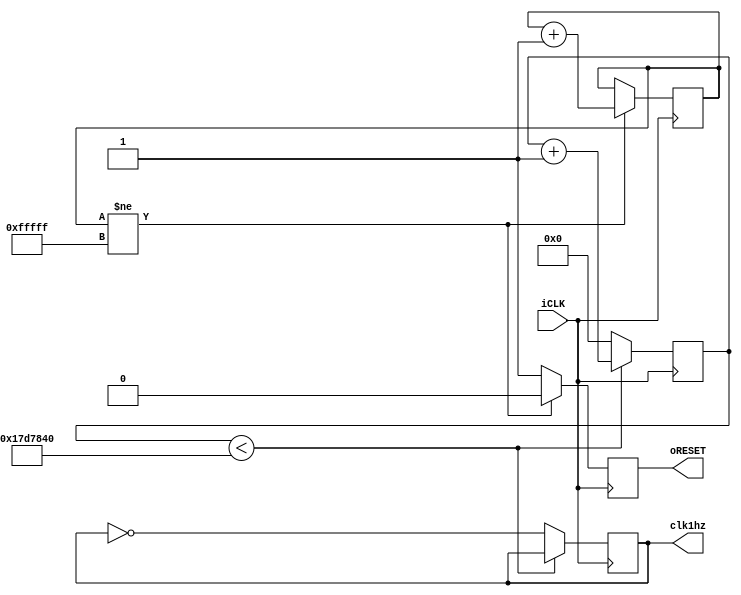
module Reset_Delay(iCLK, oRESET, clk1hz);

input iCLK;
output reg oRESET;
output reg clk1hz;
reg [19:0] Cont;
reg [27:0] count_1;

always@(posedge iCLK) begin

	if(Cont!=20'hFFFFF) begin   //21ms 
		Cont <= Cont + 1;
		oRESET <= 1'b0;
	end
	 
   else
		oRESET <= 1'b1;

//Divisor de frecuencia a 1Hz
	if(count_1 < 'd25_000_000)begin // 1Hz
		count_1 <= count_1 + 1;
		end
	else begin
		count_1 <= 0;
		clk1hz = !clk1hz;
		end

end	

endmodule